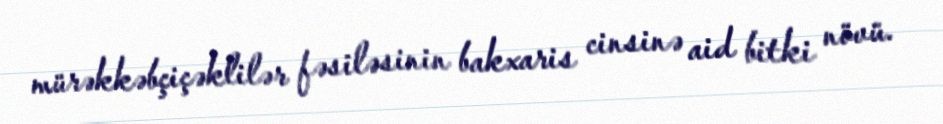
mürəkkəbçiçəklilər fəsiləsinin bakxaris cinsinə aid bitki növü.